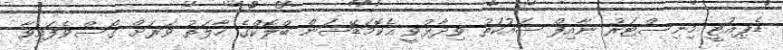
ޑެޕިއުޓީ މިނިސްޓަރު ނާއިފް ޝައުކަތު ވިދާޅުވީ އެކޮމަޑޭޝަން ބްލޮކްގެ ހާލަތު ވަރަށް ގޯސްވެފައިވާ